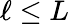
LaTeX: \ell\leq L